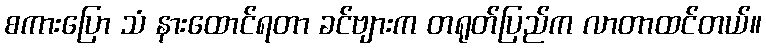
စကားပြော သံ နားထောင်ရတာ ခင်ဗျားက တရုတ်ပြည်က လာတာထင်တယ်။